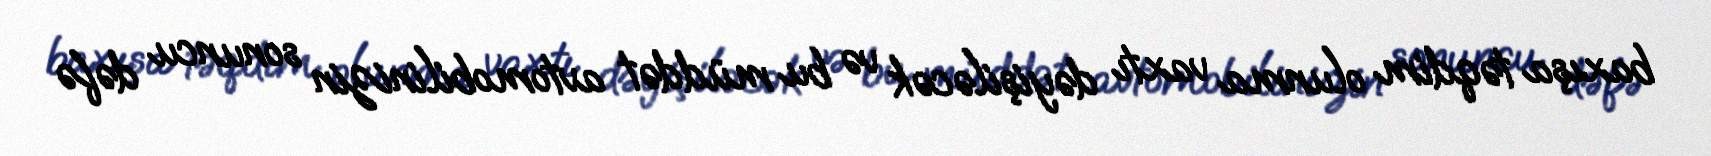
baxışa təqdim olunma vaxtı dəyişiləcək və bu müddət avtomobilinizin sonuncu dəfə